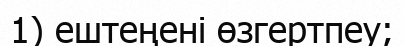
1) ештеңені өзгертпеу;